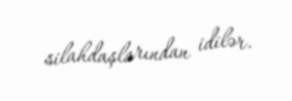
silahdaşlarından idilər.